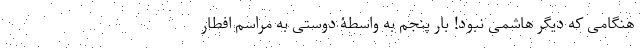
هنگامی که دیگر هاشمی نبود! بار پنجم به واسطۀ دوستی به مراسم افطار